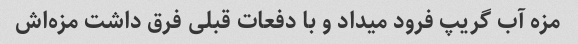
مزه آب گریپ فرود میداد و با دفعات قبلی فرق داشت مزه‌اش